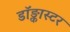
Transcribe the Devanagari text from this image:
डॉङ्कास्टर